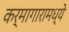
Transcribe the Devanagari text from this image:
कर्मागारामध्ये